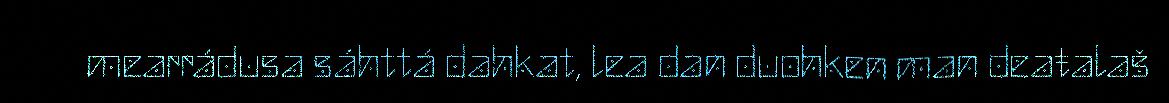
mearrádusa sáhttá dahkat, lea dan duohken man deaŧalaš